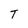
Character: T